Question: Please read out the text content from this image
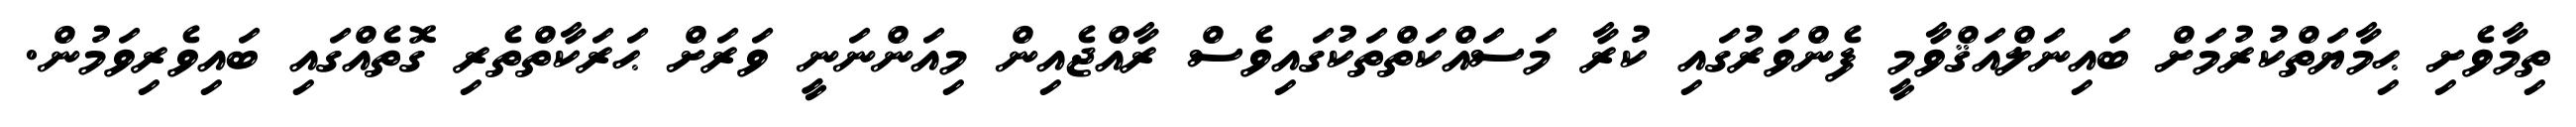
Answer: ތިމާވެށި ޙިމާޔަތްކުރުމަށް ބައިނަލްއަޤްވާމީ ފެންވަރުގައި ކުރާ މަސައްކަތްތަކުގައިވެސް ރާއްޖެއިން މިއަންނަނީ ވަރަށް ޙަރަކާތްތެރި ގޮތެއްގައި ބައިވެރިވަމުން.